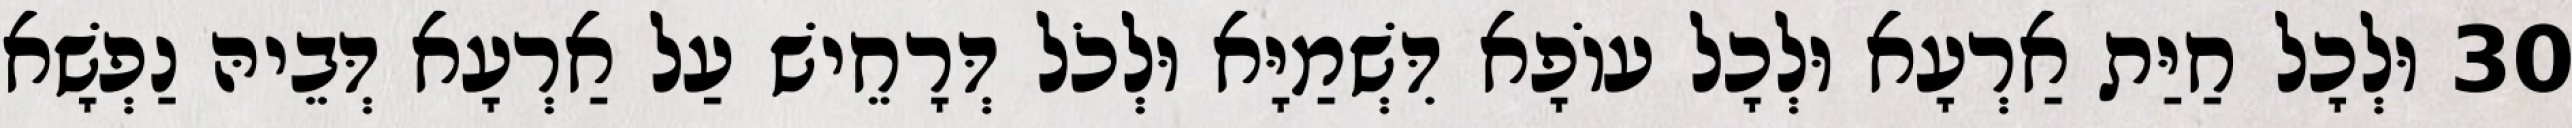
30 וּלְכָל חַיַּת אַרְעָא וּלְכָל עוֹפָא דִּשְׁמַיָּא וּלְכֹל דְּרָחֵישׁ עַל אַרְעָא דְּבֵיהּ נַפְשָׁא